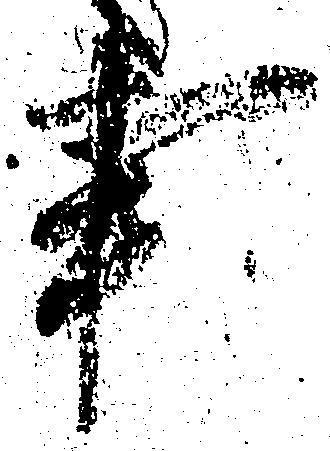
事